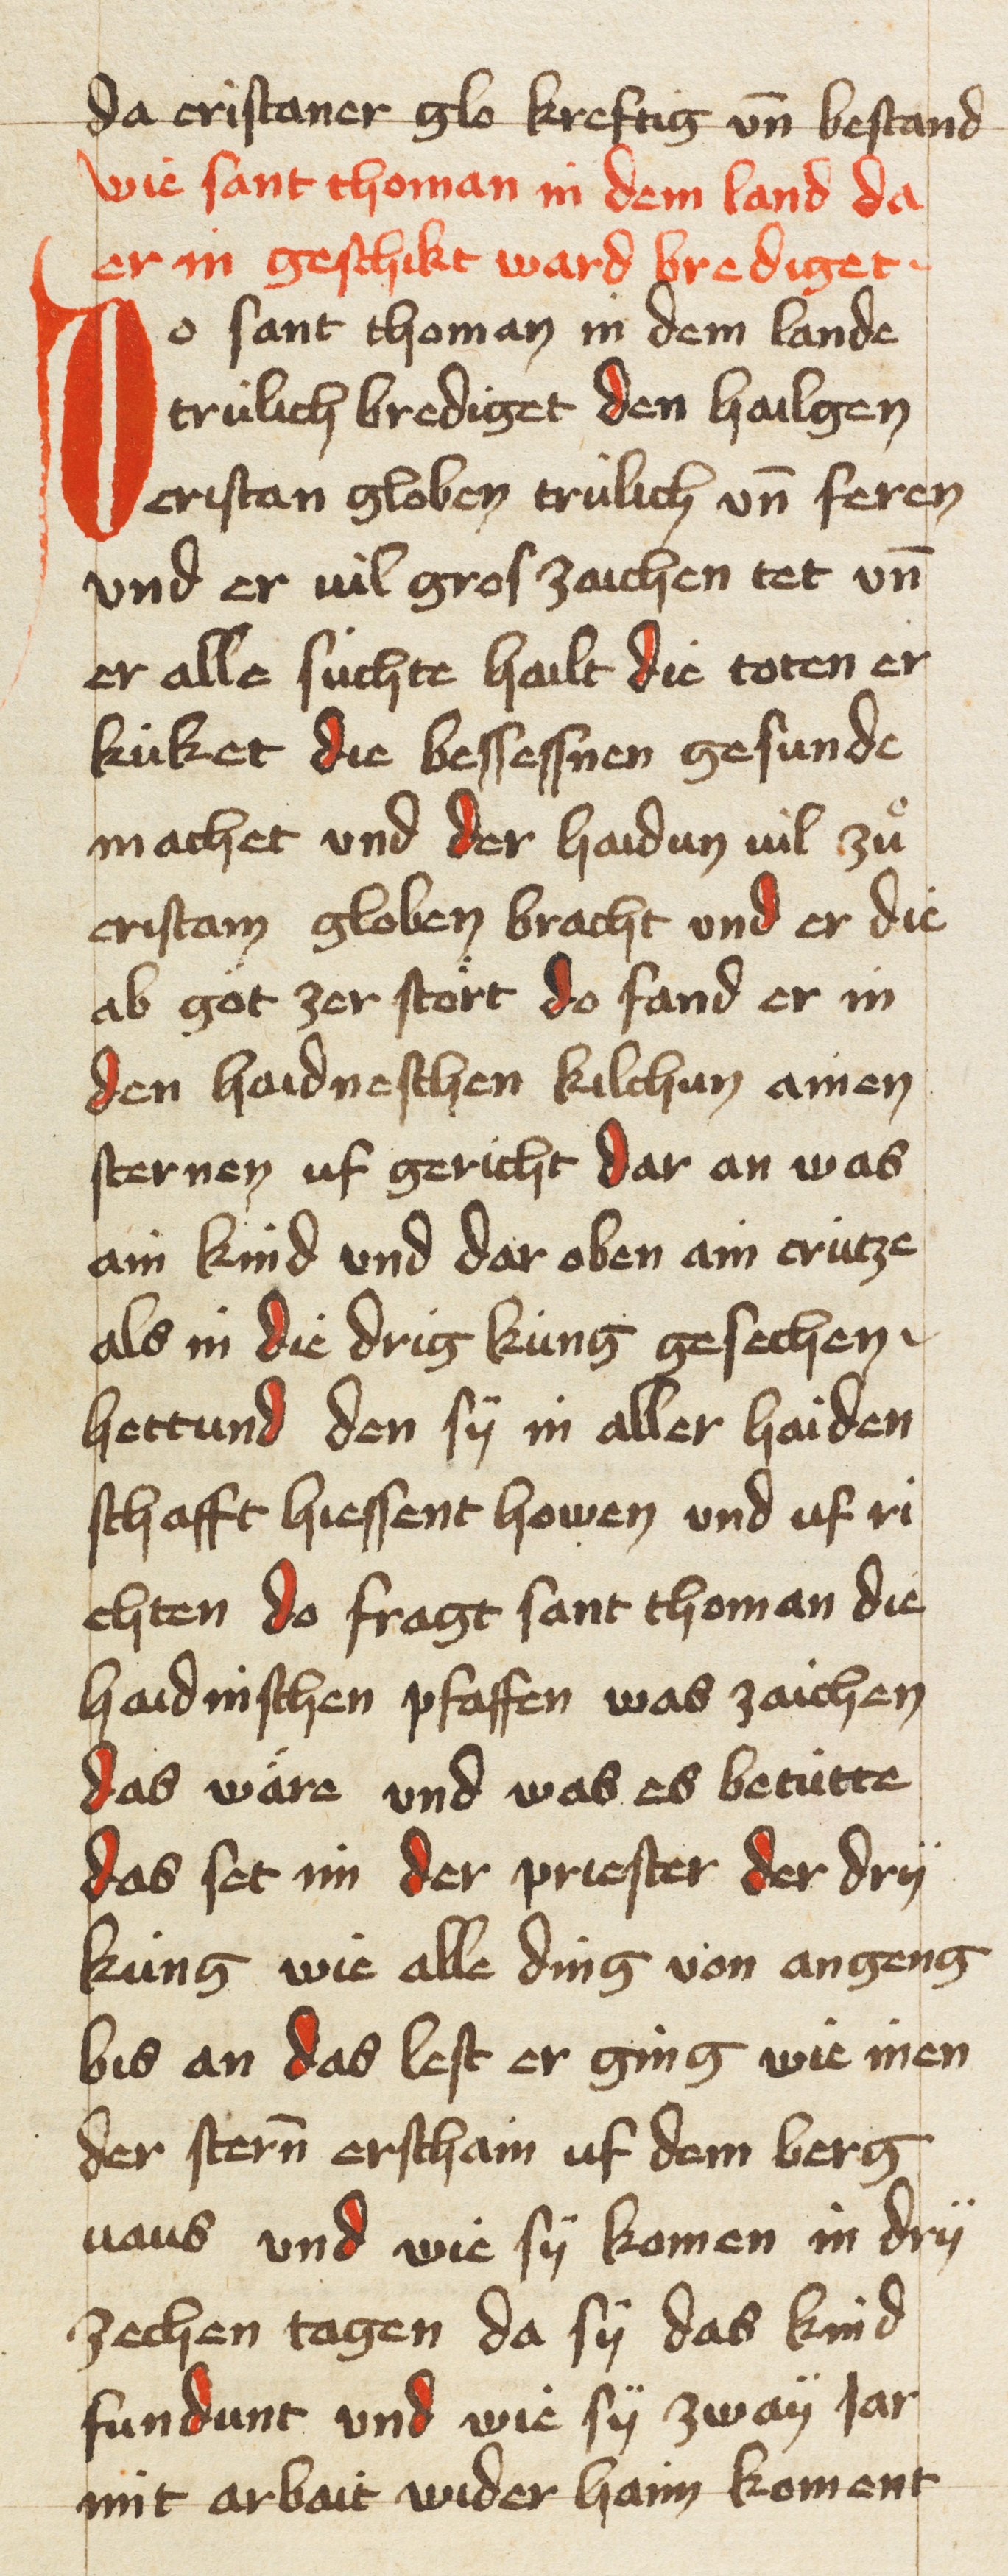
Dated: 1453–1454